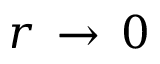
r \, \rightarrow \, 0